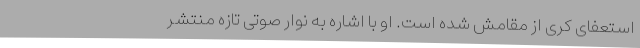
استعفای کری از مقامش شده است. او با اشاره به نوار صوتی تازه منتشر